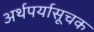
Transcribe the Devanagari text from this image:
अर्थपर्यासूचक